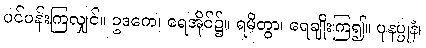
ပင်ပန်းကြလျှင်။ ဥဒကေ၊ ရေအိုင်၌။ ရမိတွာ၊ ရေချိုးကြ၍။ ပုနပ္ပုနံ၊